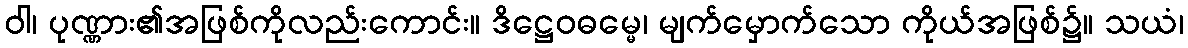
ဝါ၊ ပုဏ္ဏား၏အဖြစ်ကိုလည်းကောင်း။ ဒိဋ္ဌေဝဓမ္မေ၊ မျက်မှောက်သော ကိုယ်အဖြစ်၌။ သယံ၊